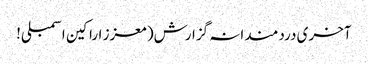
آخری دردمندانہ گزارش( معزز اراکین اسمبلی!